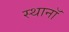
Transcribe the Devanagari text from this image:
स्थानॉ